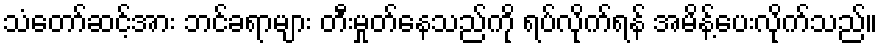
သံတော်ဆင့်အား ဘင်ခရာများ တီးမှုတ်နေသည်ကို ရပ်လိုက်ရန် အမိန့်ပေးလိုက်သည်။